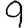
Digit: 9